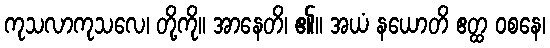
ကုသလာကုသလေ၊ တို့ကို။ အာနေတိ၊ ၏။ အယံ နယောတိ ဧတ္ထ ဝစနေ၊